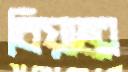
বিয়াঙ্কা